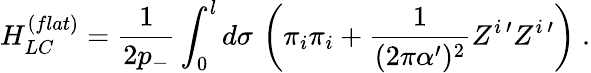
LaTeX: H_{LC}^{(flat)}=\frac{1}{2p_{-}}\int_{0}^{l}d\sigma\, \left(\pi_{i}\pi_{i}+\frac{1}{(2\pi\alpha^{\prime})^{2}}Z^{i\, \prime}Z^{i\, \prime}\right)\ .